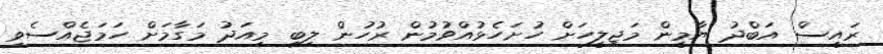
ރައީސް އަބްދު ޔާމީން މަޖިލީހަށް ހުށަހެޅުއްވުމުން ރުހުން ލިބި މިއަދު މަގާމަށް ހަމަޖެއްސެވި